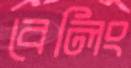
বেলিং